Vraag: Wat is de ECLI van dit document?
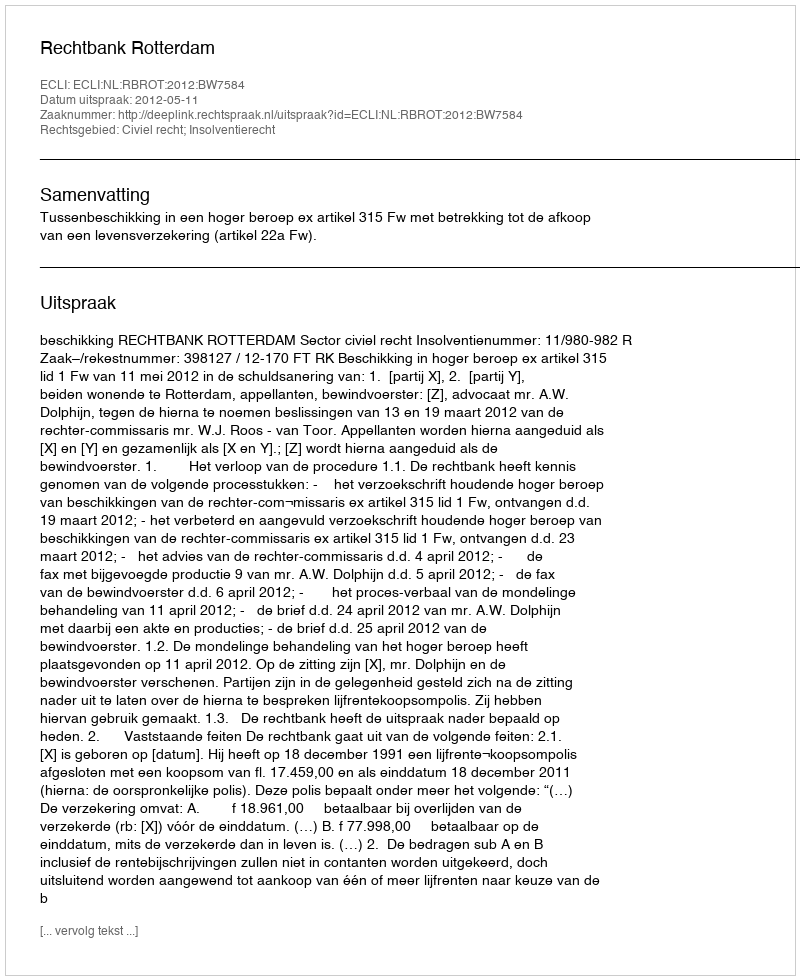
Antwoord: ECLI:NL:RBROT:2012:BW7584